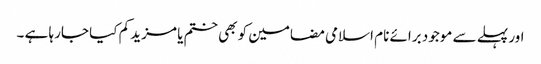
اور پہلے سے موجود برائے نام اسلامی مضامین کو بھی ختم یا مزید کم کیا جارہا ہے ۔